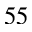
^ { 5 5 }